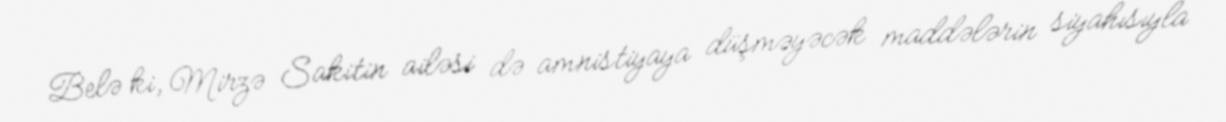
Belə ki, Mirzə Sakitin ailəsi də amnistiyaya düşməyəcək maddələrin siyahısıyla